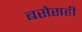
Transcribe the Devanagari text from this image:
बसेसही